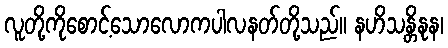
လူတို့ကိုစောင့်သောလောကပါလနတ်တို့သည်။ နဟိသန္တိနုန၊